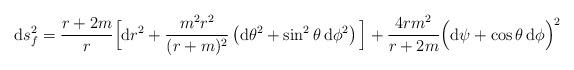
LaTeX: \begin{align*}{\rm d}s^2_f = \frac{r+2m}{r}\Big[ {\rm d}r^2 +\frac{m^2r^2}{(r+m)^2} \left( {\rm d}\theta^2 + \sin^2\theta\,{\rm d}\phi^2 \right) \Big] + \frac{4rm^2}{r+2m} \Big( {\rm d}\psi + \cos\theta\,{\rm d}\phi\Big)^2\end{align*}